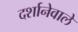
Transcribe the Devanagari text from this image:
दर्शानेवाले